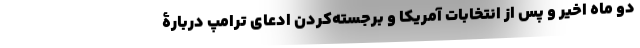
دو ماه اخیر و پس از انتخابات آمریکا و برجسته‌کردن ادعای ترامپ دربارۀ